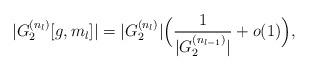
LaTeX: \begin{align*} |G_{2}^{(n_{l})}[g,m_{l}]| = |G_{2}^{(n_{l})}|\Bigl(\frac{1}{|G_{2}^{(n_{l-1})}|} + o(1)\Bigr),\end{align*}